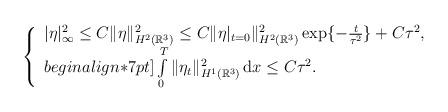
LaTeX: \begin{align*}\left\{\begin{array}{ll}|\eta|_{\infty}^2\leq C\|\eta\|_{H^2(\mathbb{R}^3)}^2\leq C\|\eta|_{t=0}\|_{H^2(\mathbb{R}^3)}^2\exp\{-\frac{t}{\tau^2}\}+C\tau^2, \\begin{align*}7pt]\int\limits_0^T \|\eta_t\|_{H^1(\mathbb{R}^3)}^2 \,\mathrm{d}x \leq C\tau^2.\end{array}\right.\end{align*}